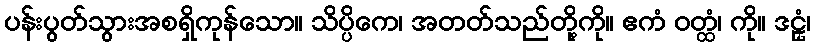
ပန်းပွတ်သွားအစရှိကုန်သော။ သိပ္ပိကေ၊ အတတ်သည်တို့ကို။ ဧကံ ဝတ္ထံ၊ ကို။ ဒဠှံ၊